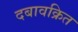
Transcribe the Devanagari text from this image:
दबावक्रित